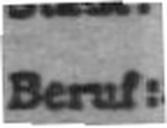
Beruf: